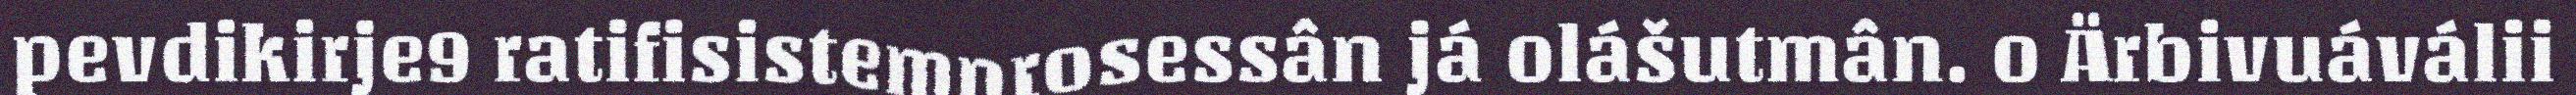
pevdikirje9 ratifisistemprosessân já olášutmân. o Ärbivuáválii